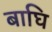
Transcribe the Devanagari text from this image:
बाघि